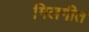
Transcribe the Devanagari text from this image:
गिलगीत